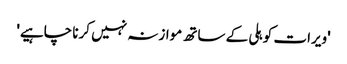
'ویرات کوہلی کے ساتھ موازنہ نہیں کرنا چاہیے'